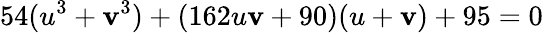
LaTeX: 54(u^{3}+\mathbf{v}^{3})+(162u\mathbf{v}+90)(u+\mathbf{v})+95=0